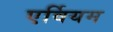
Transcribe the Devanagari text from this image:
एर्वियम